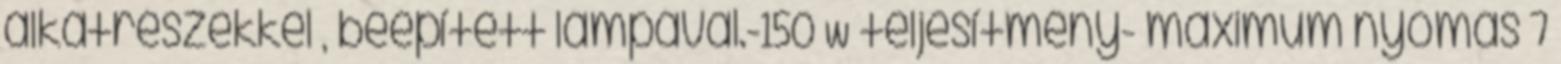
alkatrészekkel , beépített lámpával.-150 W teljesítmény- maximum nyomás 7